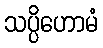
သပ္ပိဟောမံ